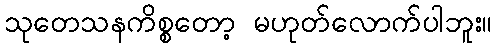
သုတေသနကိစ္စတော့ မဟုတ်လောက်ပါဘူး။